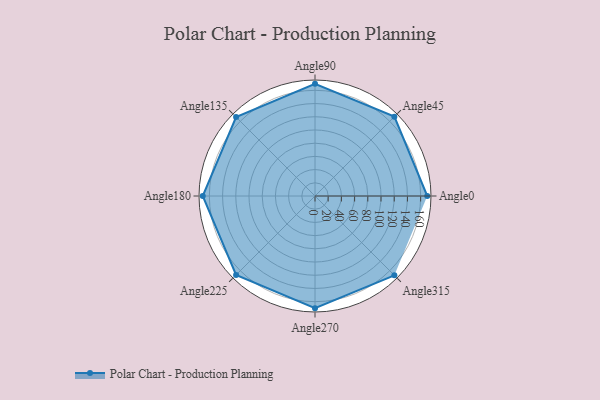
{"axis": {"x": "Angle", "y": "Radius"}, "legend": [""], "data": [{"x": "Angle0", "y": 170, "type": ""}, {"x": "Angle45", "y": 170.0, "type": ""}, {"x": "Angle90", "y": 170, "type": ""}, {"x": "Angle135", "y": 169.0, "type": ""}, {"x": "Angle180", "y": 170, "type": ""}, {"x": "Angle225", "y": 169.0, "type": ""}, {"x": "Angle270", "y": 170, "type": ""}, {"x": "Angle315", "y": 170, "type": ""}]}